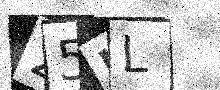
Text: 25JL